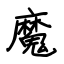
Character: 魔